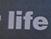
life